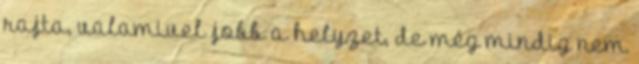
rajta, valamivel jobb a helyzet, de még mindig nem